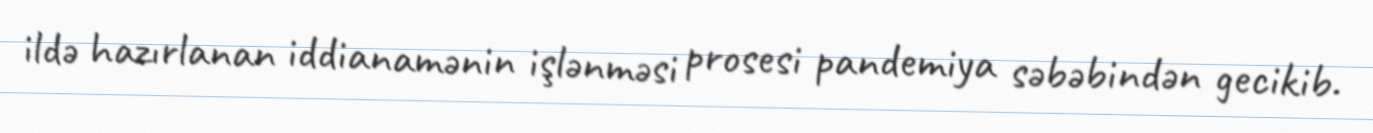
ildə hazırlanan iddianamənin işlənməsi prosesi pandemiya səbəbindən gecikib.